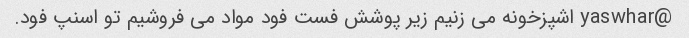
@yaswhar اشپزخونه می زنیم زیر پوشش فست فود مواد می فروشیم تو اسنپ فود.